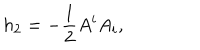
h _ { 2 } = - \frac { 1 } { 2 } A ^ { i } A _ { i } ,